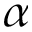
\alpha